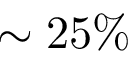
\sim 2 5 \%